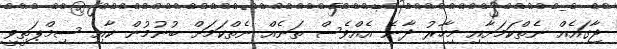
ޖާގައެއް ނެތްކަމަށާއި މިހާރު ދާނެ އެއްވެސް ތަނެއް ނެތްކަމަށް ބުނުމުން ކާއި ސިމްޕަތީވީ